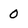
Character: 0